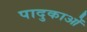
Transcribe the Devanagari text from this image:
पादुकाओं